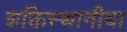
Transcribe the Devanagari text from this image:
शक्तिस्थानीया